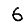
Digit: 6